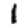
Digit: 1